Rangoon Lunatic Asylum 1878-1892 - 1878-1892
Year: 1878
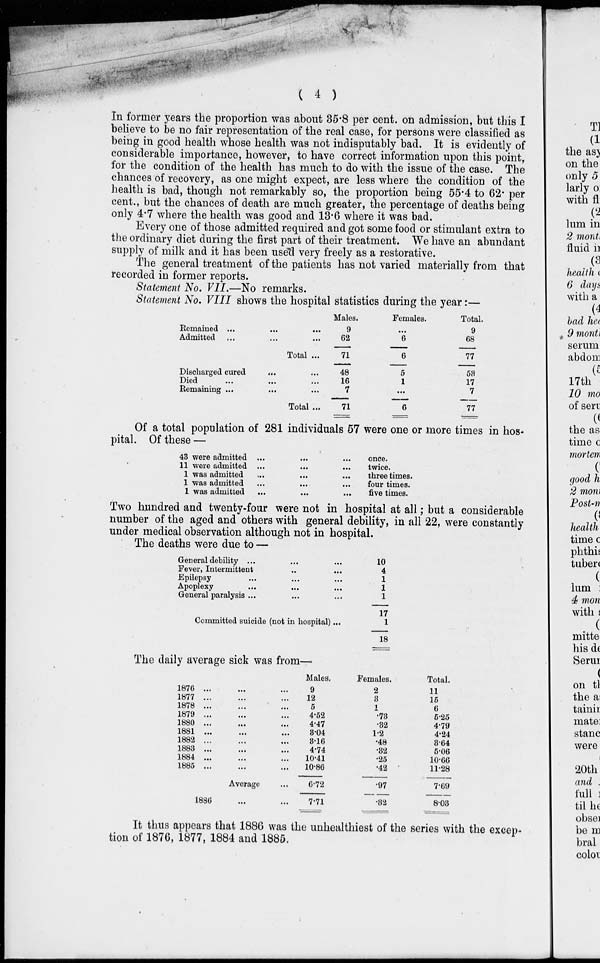
( 4 )
In former years the proportion was about 35.8 per cent. on admission, but this I
believe to be no fair representation of the real case, for persons were classified as
being in good health whose health was not indisputably bad. It is evidently of
considerable importance, however, to have correct information upon this point,
for the condition of the health has much to do with the issue of the case. The
chances of recovery, as one might expect, are less where the condition of the
health is bad, though not remarkably so, the proportion being 55.4 to 62. per
cent., but the chances of death are much greater, the percentage of deaths being
only 4.7 where the health was good and 13.6 where it was bad.
Every one of those admitted required and got some food or stimulant extra to
the ordinary diet during the first part of their treatment. We have an abundant
supply of milk and it has been used very freely as a restorative.
The general treatment of the patients has not varied materially from that
recorded in former reports.
Statement No. VII.—No remarks.
Statement No. VIII shows the hospital statistics during the year:—
Remained ... ... ...
Admitted ... ... ...
Total ...
Discharged cured
... ...
Died ... ...
...
Remaining ...
... ...
Total ...
Males.
9
62
71
48
16
7
71
Females.
...
6
6
5
1
...
6
Total.
9
68
77
53
17
7
77
Of a total population of 281 individuals 57 were one or more times in hos-
pital. Of these —
43
11
1
1
1
were admitted ...
...
were admitted ...
...
was admitted
...
...
was admitted ... ...
was admitted ... ...
once.
twice.
three times.
four times.
five times.
Two hundred and twenty-four were not in hospital at all; but a considerable
number of the aged and others with general debility, in all 22, were constantly
under medical observation although not in hospital.
The deaths were due to —
General debility ... ... ...
Fever, Intermittent
...
...
Epilepsy ... ... ...
Apoplexy
... ... ...
General paralysis ... ... ...
Committed suicide (not in hospital)...
10
4
1
1
1
17
1
18
The daily average sick was from—
1876 ... ... ...
1877 ... ... ...
1878 ... ... ...
1879 ... ... ...
1880 ... ... ...
1881 ... ... ...
1882 ... ... ...
1883 ... ... ...
1884 ... ... ...
1885 ... ... ...
Average ...
1886 ... ... ...
Males.
9
12
5
4.52
4.47
3.04
3.16
4.74
10.41
10.86
6.72
7.71
Females.
2
3
1
.73
.32
1.2
.48
.32
.25
.42
.97
.32
Total.
11
15
6
5.25
4.79
4.24
3.64
5.06
10.66
11.28
7.69
8.03
It thus appears that 1886 was the unhealthiest of the series with the excep-
tion of 1876, 1877, 1884 and 1885.